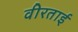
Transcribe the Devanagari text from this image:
वीरताई